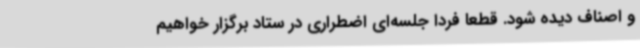
و اصناف دیده شود. قطعا فردا جلسه‌ای اضطراری در ستاد برگزار خواهیم